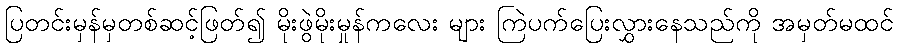
ပြတင်းမှန်မှတစ်ဆင့်ဖြတ်၍ မိုးဖွဲမိုးမှုန်ကလေး များ ကြဲပက်ပြေးလွှားနေသည်ကို အမှတ်မထင်